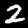
Digit: 2